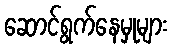
ဆောင်ရွက်နေမှုများ